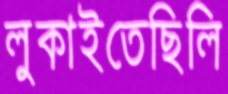
লুকাইতেছিলি